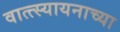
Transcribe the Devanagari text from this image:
वात्त्स्यायनाच्या